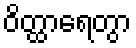
ဝိတ္ထာရေတွာ